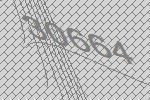
30664